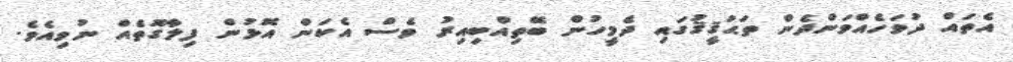
އެތައް ދުވަހެއްވަންދެން ތަޙުޤީޤުގައި ދެމީހުން ބޭތިއްބިއިރު ވެސް އެކަން އޮޅުން ފިލާގޮތެއް ނުވިއެވެ.